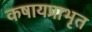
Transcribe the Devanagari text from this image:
कषायप्राभृत